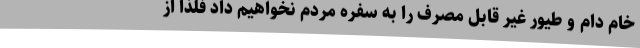
خام دام و طیور غیر قابل مصرف را به سفره مردم نخواهیم داد فلذا از